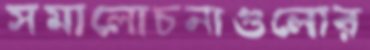
সমালোচনাগুলোর